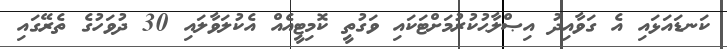
ކަނޑައަޅައި އެ ގަވާއިދު އިޞްލާޙުކުރުމަށްޓަކައި ވަގުތީ ކޮމިޓީއެއް އެކުލަވާލައި 30 ދުވަހުގެ ތެރޭގައި